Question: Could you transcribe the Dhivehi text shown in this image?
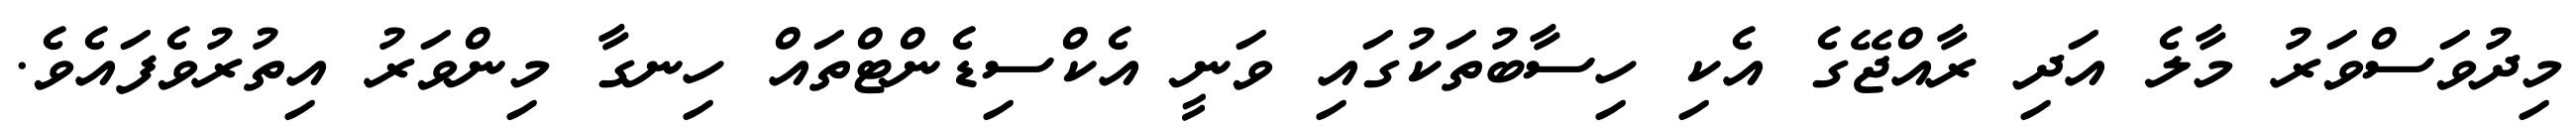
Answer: މިދުވަސްވަރު މާލެ އަދި ރާއްޖޭގެ އެކި ހިސާބުތަކުގައި ވަނީ އެކްސިޑެންޓްތައް ހިނގާ މިންވަރު އިތުރުވެފައެވެ.